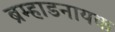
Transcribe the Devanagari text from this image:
ब्रम्हाडनायक